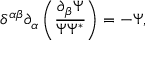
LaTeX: \delta ^ { \alpha \beta } \partial _ { \alpha } \left( \frac { \partial _ { \beta } \Psi } { \Psi \Psi ^ { * } } \right) = - \Psi ,